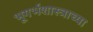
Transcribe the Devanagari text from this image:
भूगर्भशास्त्राच्या